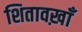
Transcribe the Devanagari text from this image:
शितावख़ाँ